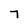
Character: 7